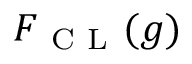
F _ { \mathrm { ~ C ~ L ~ } } ( g )